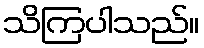
သိကြပါသည်။